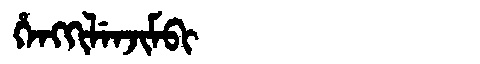
Manchu: ᡥᡝᠩᡴᡳᠯᡝᠨᠵᡳᠮᠪᡳ
Romanization: HENGKILENJIMBI